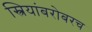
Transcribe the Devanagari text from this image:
स्त्रियांबरोबरच